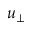
u _ { \perp }